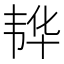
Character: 𮧵